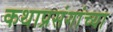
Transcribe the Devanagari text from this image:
कथाप्रसंगांच्या